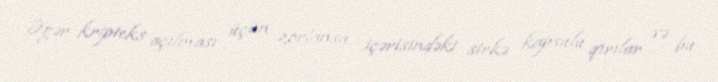
Əgər kripteks açılması üçün zorlansa, içərisindəki sirkə kapsulu qırılar və bu